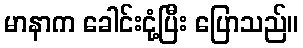
မာနာက ခေါင်းငုံ့ပြီး ပြောသည်။